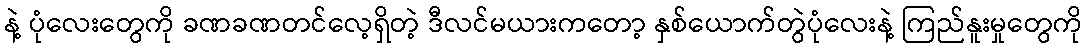
နဲ့ ပုံလေးတွေကို ခဏခဏတင်လေ့ရှိတဲ့ ဒီလင်မယားကတော့ နှစ်ယောက်တွဲပုံလေးနဲ့ ကြည်နူးမှုတွေကို